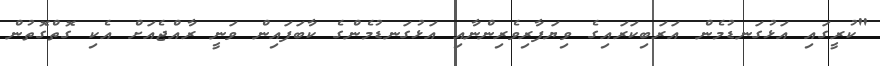
"ކުރީގައި އަޅުގަނޑުމެން އަރަބިކަރައިގެ ވިޔަފާރިވެރިންނާއި އަޅުގަނޑުމެންގެ ކާބަފައިން ވަނީ ރާއްޖެއަށް އެކި ގޮތްގޮތުން